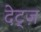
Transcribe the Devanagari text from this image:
देट्ज़